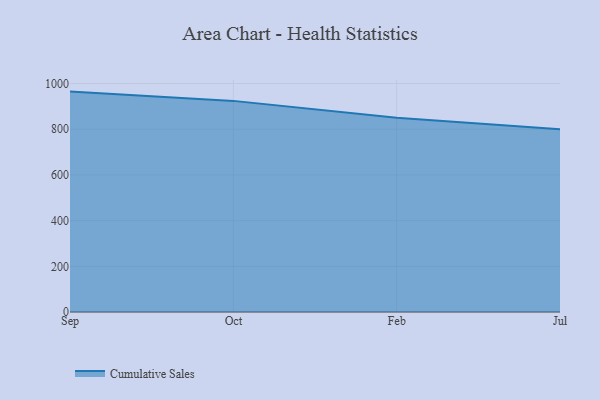
{"axis": {"x": "Month", "y": "Headcount"}, "legend": ["Cumulative Sales"], "data": [{"x": "Sep", "y": 964.6, "type": "Cumulative Sales"}, {"x": "Oct", "y": 924.0, "type": "Cumulative Sales"}, {"x": "Feb", "y": 850.2, "type": "Cumulative Sales"}, {"x": "Jul", "y": 800, "type": "Cumulative Sales"}]}